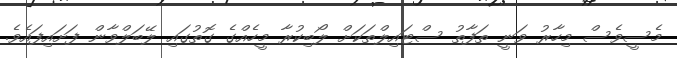
މެސީވެސް މިހާރު ވަނީ ތަފާތު ސްޓައިލްތަކަށް ލޯބިކުރާ މީހެއްގެ ގޮތުގައި ލޭބަލްވާން ފަށައިފައެވެ.